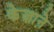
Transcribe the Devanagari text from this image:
केज़ाने